Annual report on the health of the army in India
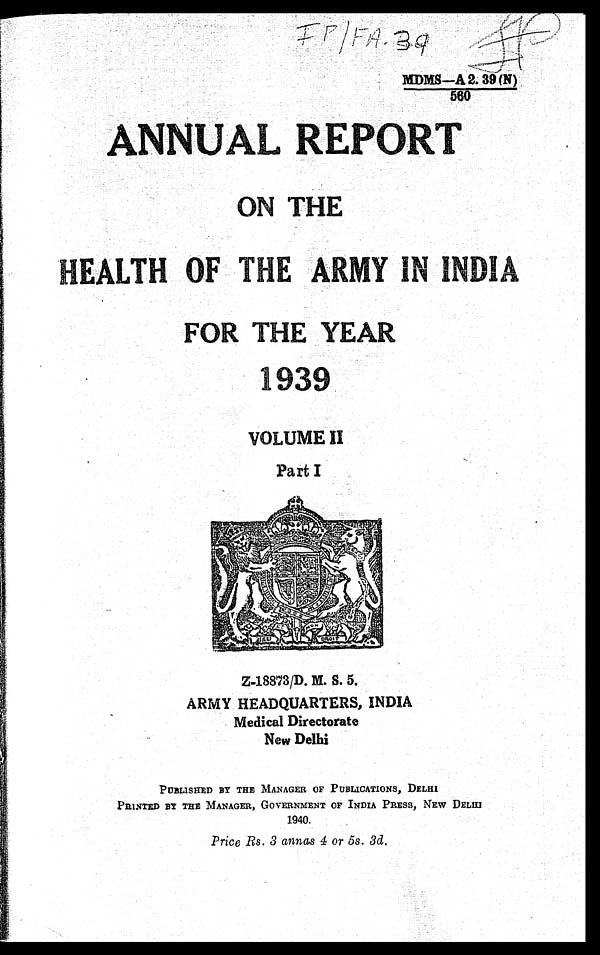
MDMS—A
ON THE
HEALTH OF THE ARMY IN INDIA
FOR THE YEAR
1939
VOLUME II
Part I
_..‘, i Os '•:;4.''..'''''. n 1",tit—,
,..•.,„,,,*. ,, , ,.•;..,..A.:. v . 7 . . :I. 1.1
i: :, ",,; : -
- •, - .;, ,
' " 4 '-''' ,„,, M
., „ Pp. , 4:;KNAlye - 'V). ,l v
'. \.1. , — ,:rN E056.1 116 0'
,
44
k
-,...„...,1
. . . . . :
Vi, si t ti,n.!.001, ' 4 ,
f1
..,..• . if?
4:0'
,
i. V '.
44. 4/4e. .
4c44. ,4:42:4:• . .,.' . '. 1, 1 in
i'llt.4 : ,,,,. .1/4401)11,01,15 2 * -'Fg
•,,,i, . Olt.
' . .. • n
t ,S,
-1.:i.X.
•
, icINEL.111_ _ I' ,,.
''.:M.N14.,-It1;,:',„,, ,.> •
144e,"'"--'1"
Z-18873/D. M. S. 5.
ARMY HEADQUARTERS, INDIA
Medical Directorate
New Delhi
PUBLISHED BY THE MANAGER OF PUBLICATIONS, DELHI
PRINTED BY THE MANAGER, GOVERNMENT OF INDIA PRESS, NEW DELHI
1940.
Price Rs. 3 annas 4 or 5s. 3d.